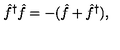
\hat { f } ^ { \dagger } \hat { f } = - ( \hat { f } + \hat { f } ^ { \dagger } ) ,